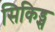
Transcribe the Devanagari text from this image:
सिकिड्स